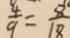
\frac { 4 } { 9 } = \frac { 8 } { 1 8 }